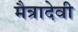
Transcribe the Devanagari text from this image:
मैत्रादेवी